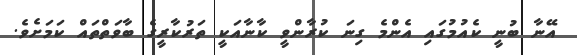
އޭނާ ބުނީ ކެއުމުގައި އެންމެ ގިނަ ކުރާންވީ ކާނާއަކީ ތަރުކާރީގެ ބާވަތްތައް ކަމަށެވެ.